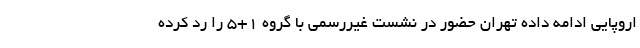
اروپایى ادامه داده تهران حضور در نشست غیررسمى با گروه 1+5 را رد کرده